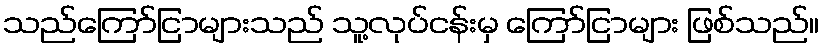
သည်ကြော်ငြာများသည် သူ့လုပ်ငန်းမှ ကြော်ငြာများ ဖြစ်သည်။